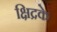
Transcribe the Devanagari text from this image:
क्षिद्रके